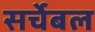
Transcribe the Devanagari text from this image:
सर्चेबल